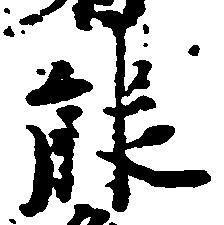
能